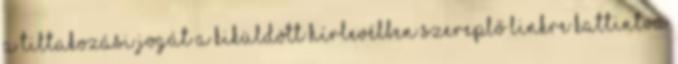
a tiltakozási jogát a kiküldött hírlevélben szereplő linkre kattintva